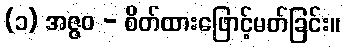
(၁) အဇ္ဇဝ - စိတ်ထားဖြောင့်မတ်ခြင်း။